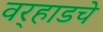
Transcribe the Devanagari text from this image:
वर्‍हाडचे